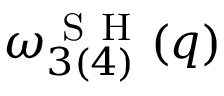
\omega _ { 3 ( 4 ) } ^ { \mathrm { ~ S ~ H ~ } } ( q )